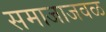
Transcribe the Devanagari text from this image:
समाजाजवळ